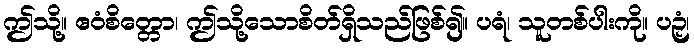
ဤသို့။ ဧဝံစိတ္တော၊ ဤသို့သောစိတ်ရှိသည်ဖြစ်၍။ ပရံ၊ သူတစ်ပါးကို။ ပဉှံ၊